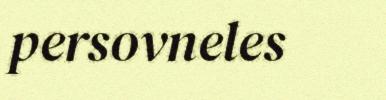
persovneles